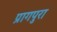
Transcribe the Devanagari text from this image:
प्रागपुरा